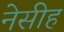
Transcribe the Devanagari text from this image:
नेसीह